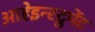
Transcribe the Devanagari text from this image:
आहेइन्स्ट्रुमेंट